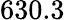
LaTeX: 630.3